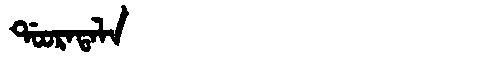
Manchu: ᡩᠣᠣᡵᠠᡨᠠᠯᠠ
Romanization: DOORATALA